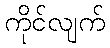
ကိုင်လျက်